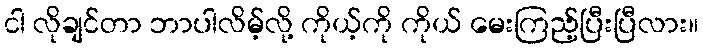
ငါ လိုချင်တာ ဘာပါလိမ့်လို့ ကိုယ့်ကို ကိုယ် မေးကြည့်ပြီးပြီလား။